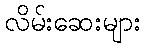
လိမ်းဆေးများ